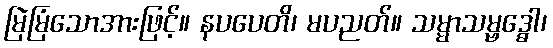
မြဲမြံသောအားဖြင့်။ နပပေတိ၊ မပညတ်။ သမ္မာသမ္ဗဒ္ဓေါ၊